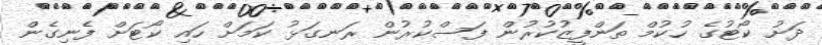
ދަށު ކޯޓުގެ ހުކުމް ތަންފީޒުކުރުން ފަސްކުރުން ރަނގަޅު ކަމަށް ހައި ކޯޓަށް ފެނިގެން